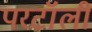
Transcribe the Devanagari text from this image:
परटॉली